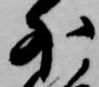
外